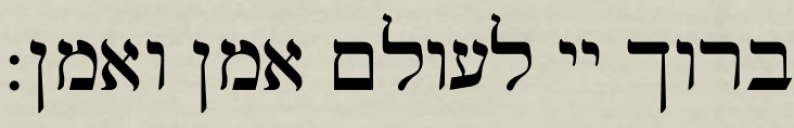
ברוך יי לעולם אמן ואמן: